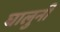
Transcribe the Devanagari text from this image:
घालुनी